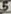
Text: 5